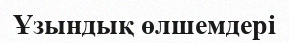
Ұзындық өлшемдері